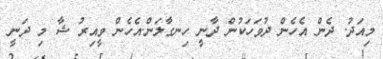
މިއަދު. ދެން އެހެން ދުވަހަކުން ދާނީ ހިނގާލަން.އެހެން ވީއިރު ޝާ މި ދަނީ